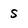
Character: 5